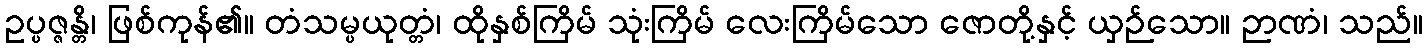
ဥပ္ပဇ္ဇန္တိ၊ ဖြစ်ကုန်၏။ တံသမ္ပယုတ္တံ၊ ထိုနှစ်ကြိမ် သုံးကြိမ် လေးကြိမ်သော ဇောတို့နှင့် ယှဉ်သော။ ဉာဏံ၊ သည်။